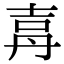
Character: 𡔤